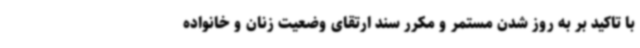
با تاکید بر به روز شدن مستمر و مکرر سند ارتقای وضعیت زنان و خانواده